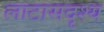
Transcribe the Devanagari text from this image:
लाटासदृश्य